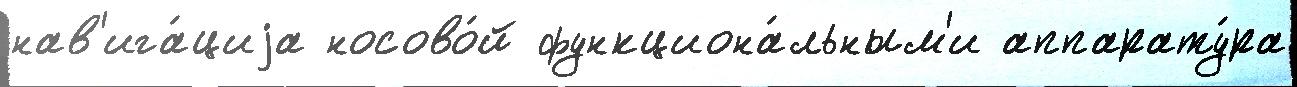
нав'ига́циjа носово́й функциона́льным'и аппарату́ра